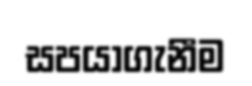
සපයාගැනීම